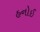
હનોઈ